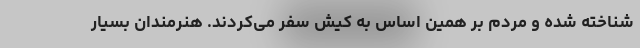
شناخته شده و مردم بر همین اساس به کیش سفر می‌کردند. هنرمندان بسیار